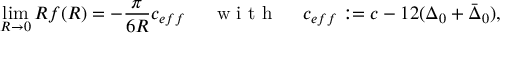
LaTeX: \operatorname * { l i m } _ { R \rightarrow 0 } R f ( R ) = - \frac { \pi } { 6 R } c _ { e f f } \, \, \, \, \, \, \, \, \textnormal { w i t h } \, \, \, \, \, \, \, \, c _ { e f f } : = c - 1 2 ( \Delta _ { 0 } + \bar { \Delta } _ { 0 } ) ,